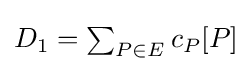
{\textstyle D_{1}=\sum _{P\in E}{c_{P}[P]}}